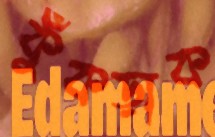
কুঁকড়াক